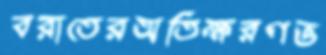
বরাতেরঅতিক্ষরণভ